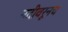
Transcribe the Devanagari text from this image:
नदीवरूनच